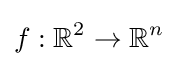
f:\mathbb {R} ^{2}\to \mathbb {R} ^{n}